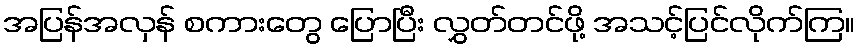
အပြန်အလှန် စကားတွေ ပြောပြီး လွှတ်တင်ဖို့ အသင့်ပြင်လိုက်ကြ။